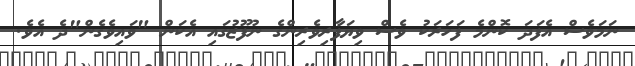
ނަމަވެސް އެފަދަ ކޮންމެ ފަހަރަކު ވެސް ވިޔަފާރިވެރިންގެ ނުފޫޒުގައި އެކަން "ވައިވެގެން"ދެ އެވެ.